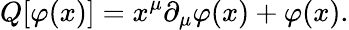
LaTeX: Q[\varphi(x)]=x^{\mu}\partial_{\mu}\varphi(x)+\varphi(x).